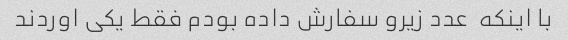
با اینکه  عدد زیرو سفارش داده بودم فقط یکی اوردند